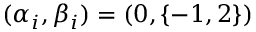
( \alpha _ { i } , \beta _ { i } ) = ( 0 , \{ - 1 , 2 \} )